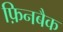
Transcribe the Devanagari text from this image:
फ़िनबैक